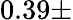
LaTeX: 0.39\pm